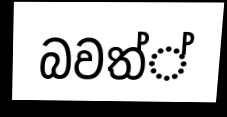
බවත්්